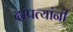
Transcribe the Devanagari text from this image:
दांपत्यांनी